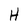
Character: H